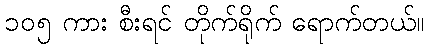
၁၀၅ ကား စီးရင် တိုက်ရိုက် ရောက်တယ်။